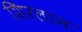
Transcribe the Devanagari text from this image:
शिरलान